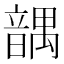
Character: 𱂒